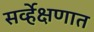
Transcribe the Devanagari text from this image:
सर्व्हेक्षणात